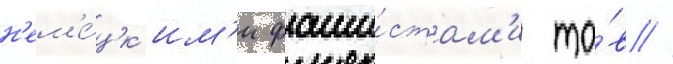
н'ем'е́цк'им'и фаши́стам'и то́в //